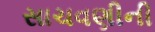
સાચવણીની